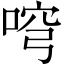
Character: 𠶥